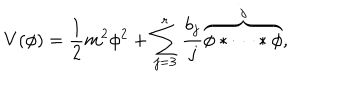
V ( \phi ) = \frac { 1 } { 2 } m ^ { 2 } \phi ^ { 2 } + \sum _ { j = 3 } ^ { r } \frac { b _ { j } } { j } \overbrace { \phi * \cdots * \phi } ^ { j } ,